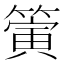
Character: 𥳄